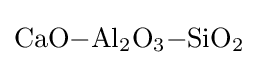
{\ce {CaO-Al2O3-SiO2}}